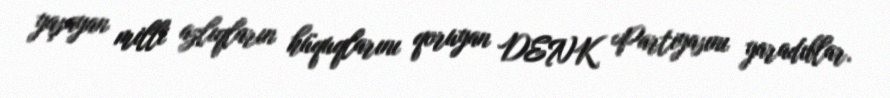
yaşayan milli azlıqların hüquqlarını qoruyan DENK Partiyasını yaradıblar.